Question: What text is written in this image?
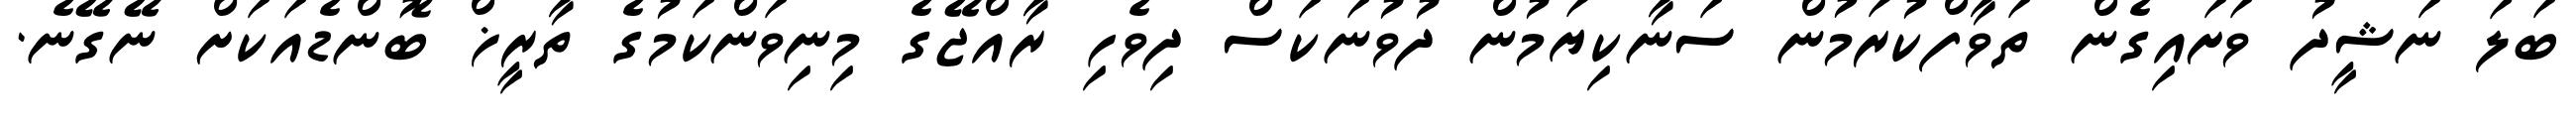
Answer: ބަލަ ނަޝީދު ވަށައިގެން ތަވާފްކުރަމުން ސަނާކިޔަމުން ދުވުނަކަސް ދިވެހި ރާއްޖޭގެ މިނިވަންކަމުގެ ތާރީޚް ބޮންޑެއަކަށް ނޭގޭނެ.